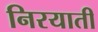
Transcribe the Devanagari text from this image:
निरयाती